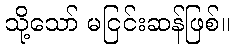
သို့သော် မငြင်းဆန်ဖြစ်။